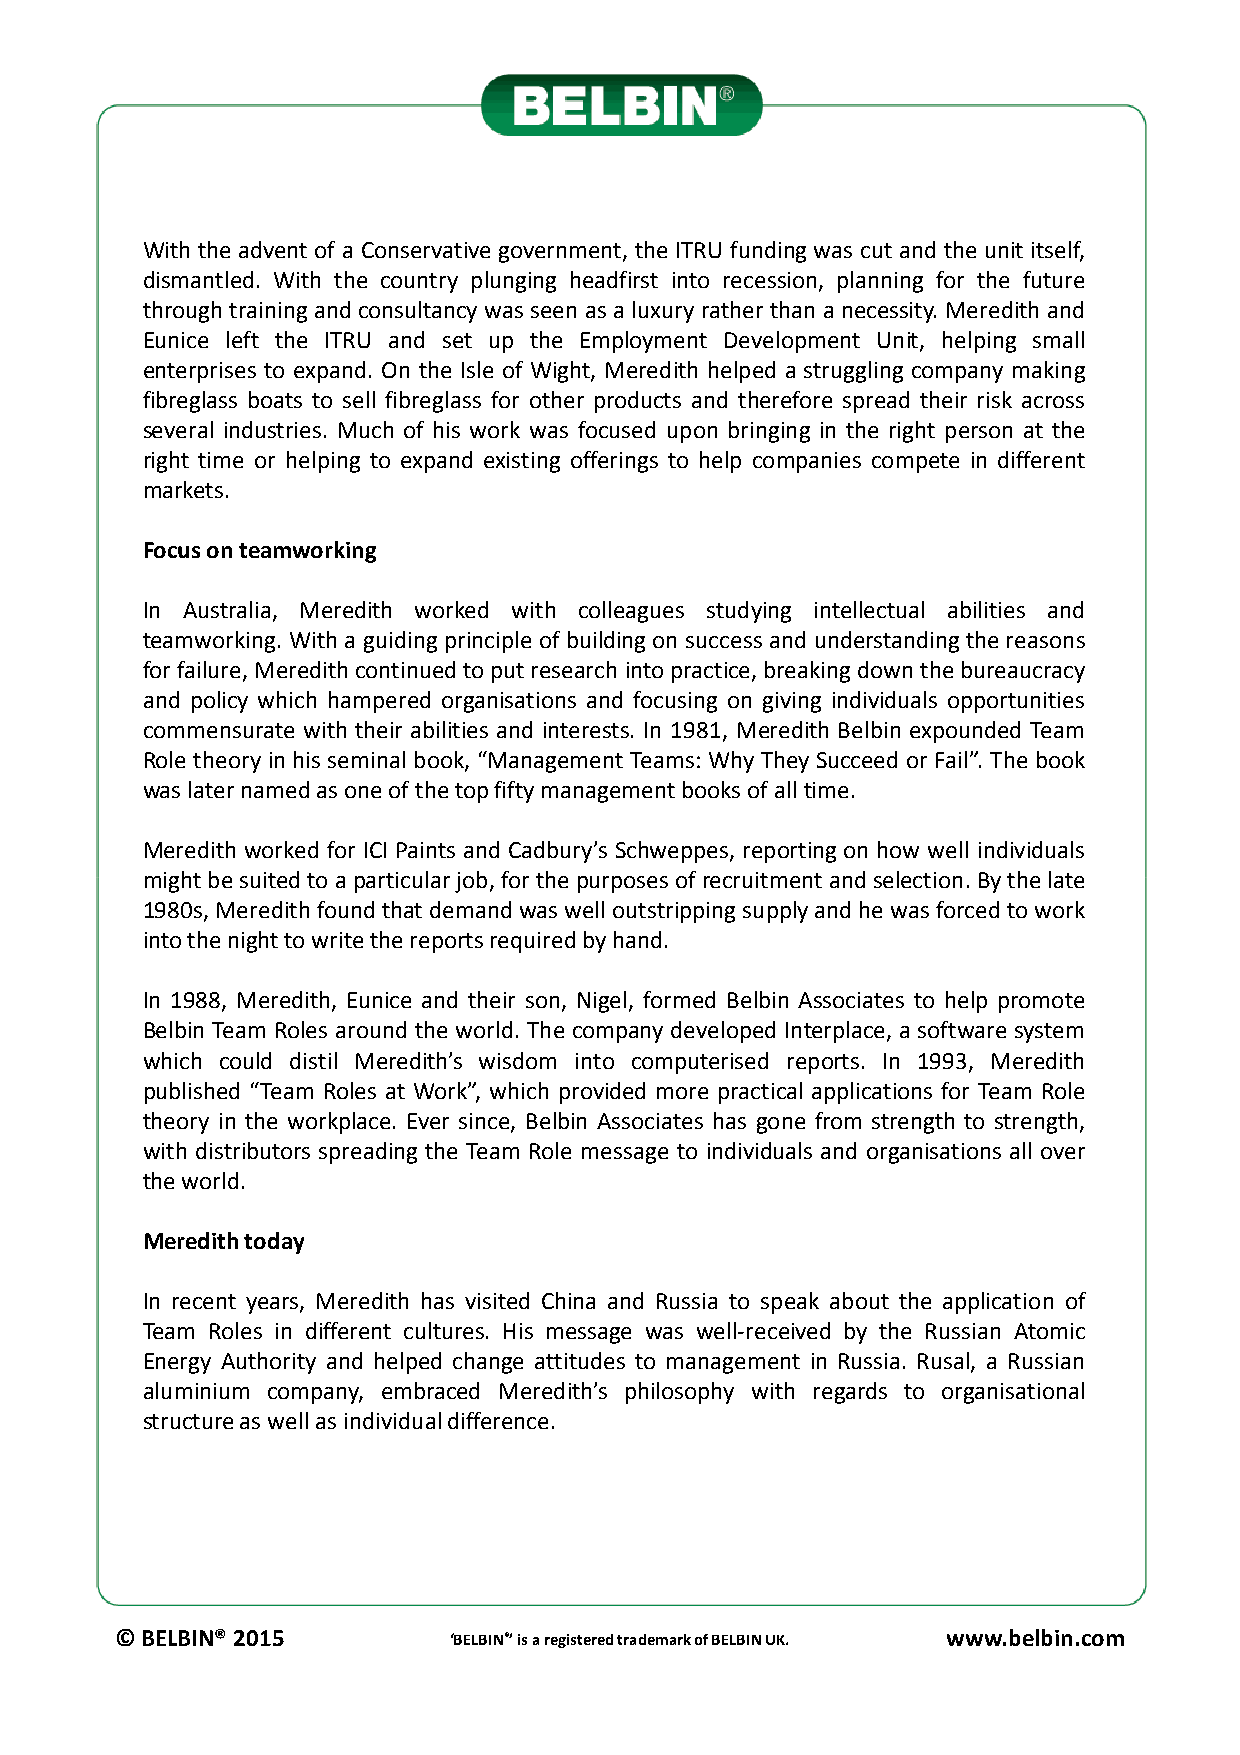
With the advent of a Conservative government, the ITRU funding was cut and the unit itself,
 dismantled. With the country plunging headfirst into recession, planning for the future
 through trainingand consultancy was seen as a luxuryrather than a necessity. Meredith and
 Eunice left the ITRU and set up the Employment Development Unit, helping small
 enterprises to expand. On the Isle of Wight, Meredith helped a struggling company making
 fibreglass boats to sell fibreglass for other products and therefore spread their risk across
 several industries. Much of his work was focused upon bringing in the right person at the
 right time or helping to expand existing offerings to help companies compete in different
 markets.
 Focusonteamworking
 In Australia, Meredith worked with colleagues studying intellectual abilities and
 teamworking. With a guidingprinciple of buildingon success and understandingthe reasons
 forfailure,Meredithcontinuedtoputresearchintopractice,breakingdownthebureaucracy
 and policy which hampered organisations and focusing on giving individuals opportunities
 commensurate with their abilities and interests. In 1981, Meredith Belbin expounded Team
 Role theory in his seminal book, “Management Teams: Why They Succeed or Fail”. The book
 waslaternamedasoneofthetopfiftymanagementbooksofalltime.
 Meredith worked for ICI Paints and Cadbury’s Schweppes, reporting on how well individuals
 mmiigghhttbbeessuuiitteeddttooaappaarrttiiccuullaarrjjoobb,,ffoorrtthheeppuurrppoosseessooffrreeccrruuiittmmeennttaannddsseelleeccttiioonn..BByytthheellaattee
 1980s,Meredithfoundthatdemandwaswelloutstrippingsupplyandhewasforcedtowork
 intothenighttowritethereportsrequiredbyhand.
 In 1988, Meredith, Eunice and their son, Nigel, formed Belbin Associates to help promote
 Belbin Team Roles around the world. The company developed Interplace, a software system
 which could distil Meredith’s wisdom into computerised reports. In 1993, Meredith
 published “Team Roles at Work”, which provided more practical applications for Team Role
 theory in the workplace. Ever since, Belbin Associates has gone from strength to strength,
 with distributors spreading the Team Role message to individuals and organisations all over
 theworld.
 Meredithtoday
 In recent years, Meredith has visited China and Russia to speak about the application of
 Team Roles in different cultures. His message was well-received by the Russian Atomic
 Energy Authority and helped change attitudes to management in Russia. Rusal, a Russian
 aluminium company, embraced Meredith’s philosophy with regards to organisational
 structureaswellasindividualdifference.
 © BELBIN® 2015        ‘BELBIN®’ is a registered trademark of BELBIN UK. www.belbin.com